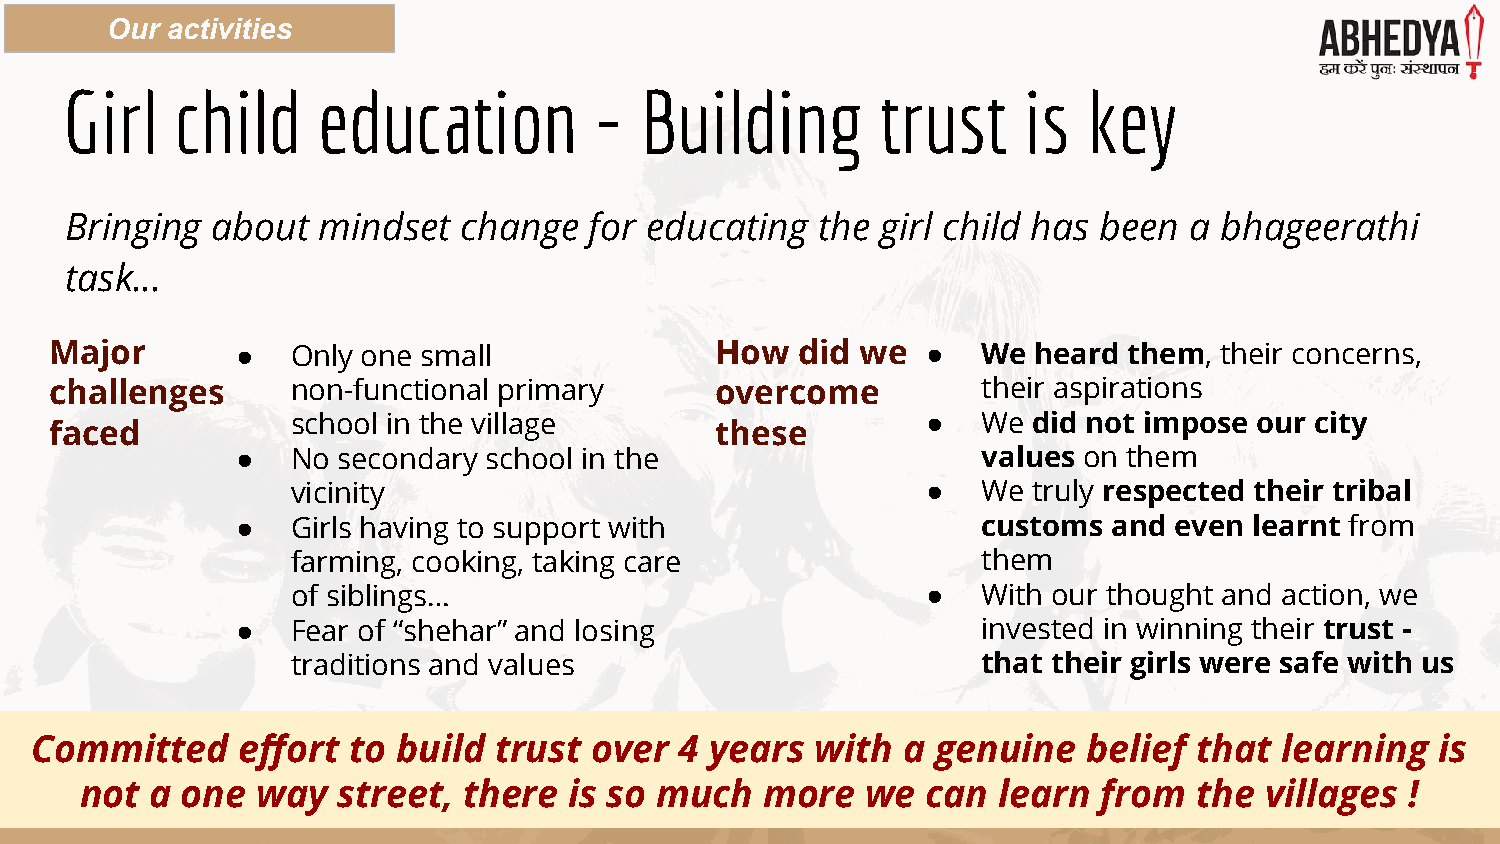
Our activities
 Girl    child    education         -  Building        trust     is  key
 Bringing  about  mindset   change  for educating  the girl child has been  a bhageerathi
 task...
 Major        ●  Only one small              How   did we  ●   We heard  them, their concerns,
 challenges      non-functional primary      overcome          their aspirations
 school in the village                     ●   We did not impose our city
 faced                                       these
 ●  No secondary school in the                    values on them
 vicinity                                  ●   We truly respected their tribal
 ●  Girls having to support with                  customs  and even learnt from
 farming, cooking, taking care                 them
 of siblings…                              ●   With our thought and action, we
 ●  Fear of “shehar” and losing                   invested in winning their trust -
 traditions and values                         that their girls were safe with us
 Committed     effort to build  trust over  4 years  with  a genuine   belief that  learning  is
 not  a one  way  street,  there  is so much   more  we  can  learn  from  the  villages !